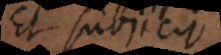
Et subjicit